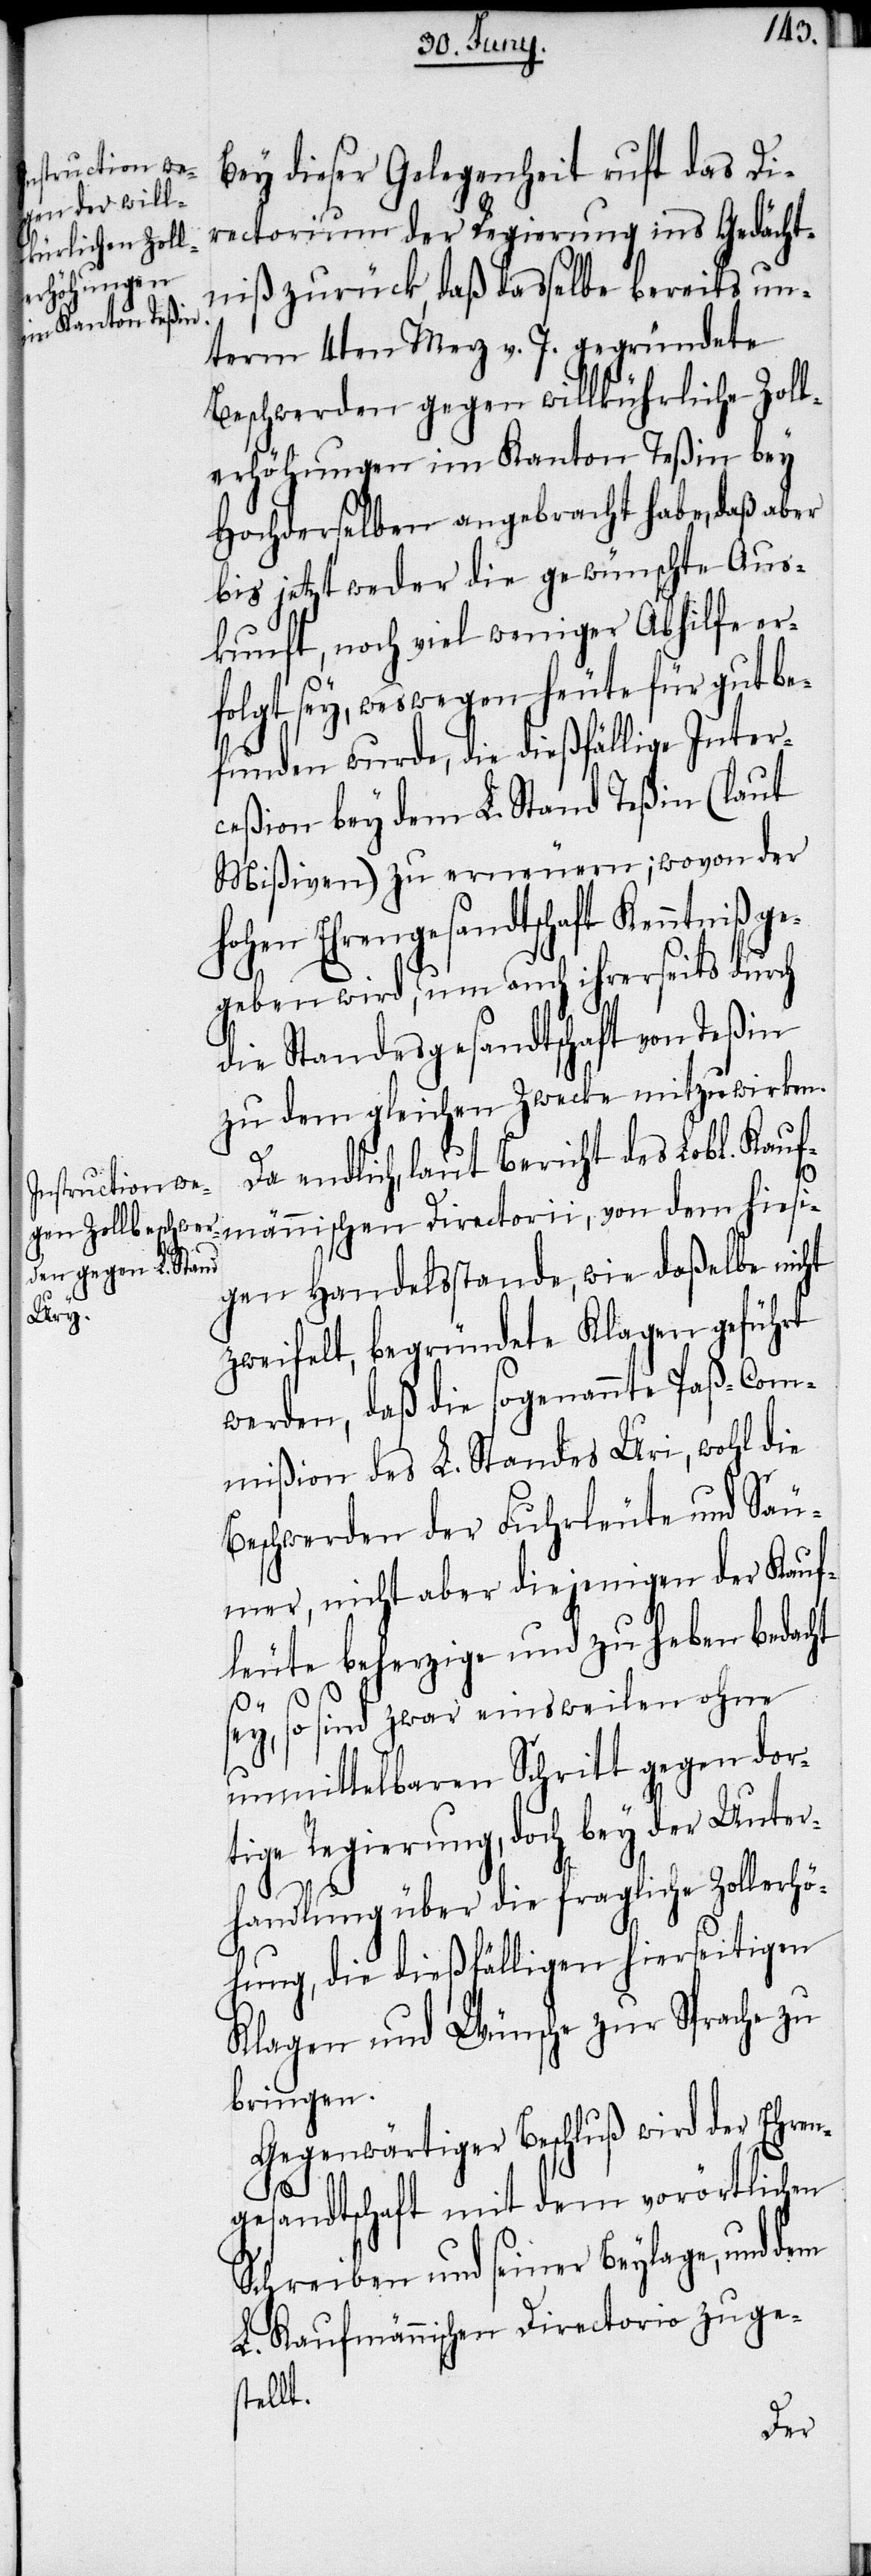
Bey dieser Gelegenheit ruft das Di¬
rectorium der Regierung ins Gedächt¬
niß zurück, daß dasselbe bereits un¬
term 4ten Merz v. J. gegründete
Beschwerden gegen willkührliche Zoll¬
erhöhungen im Kanton Teßin bey
Hochderselben angebracht habe, daß aber
bis jetzt weder die gewünschte Aus¬
kunft, noch viel weniger Abhilfe er¬
folgt sey, weswegen heute für gutbe¬
funden wurde, die dießfällige Inter¬
ceßion bey dem L. Stand Teßin (laut
Mißiven) zu erneuern; wovon der
hohen Ehrengesandtschaft Kenntniß
gegeben wird, um auch ihrerseits durch
die Standesgesandtschaft von Teßin
zu dem gleichen Zwecke mitzuwirken.
Da endlich, laut Bericht des Lobl. Kauf¬
männischen Directorii, von dem hiesi¬
gen Handelsstande, wie daßelbe nicht
zweifelt, begründete Klagen geführt
werden, daß die sogenannte Paß-Com¬
mißion des L. Standes Uri, wohl die
Beschwerden der Fuhrleute und Säu¬
mer, nicht aber diejenigen der Kauf¬
leute beherzige und zu heben bedacht
sey, so sind zwar einsweilen ohne
unmittelbaren Schritt gegen dor¬
tige Regierung, doch bey der Unter¬
handlung über die fragliche Zollerhö¬
hung, die dießfälligen hierseitigen
Klagen und Wünsche zur Sprache zu
bringen.
Gegenwärtiger Beschluß wird der Ehren¬
gesandtschaft mit dem vorörtlichen
Schreiben und seiner Beylage, und
L. Kaufmännischen Directorio zuge¬
stellt.